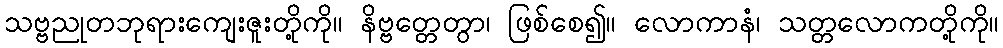
သဗ္ဗညုတဘုရားကျေးဇူးတို့ကို။ နိဗ္ဗတ္တေတွာ၊ ဖြစ်စေ၍။ လောကာနံ၊ သတ္တလောကတို့ကို။